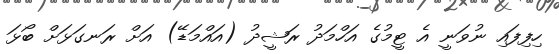
ހިފިފައި ނުވަނީ އެ ޓީމުގެ އަހްމަދު ރަޝީދު (އައްމަޑޭ) އަށް ރަނގަޅަށް ބޯޅަ